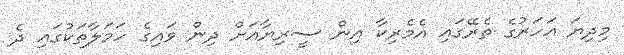
މިދިޔަ އަހަރުގެ ތެރޭގައި އެމެރިކާ އިން ސީރިޔާއަށް ދިން ވައިގެ ހަމަލާތަކުގައި ދެ